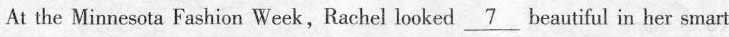
At the Minnesota Fashion Week,Rachel looked __beautiful in her smart